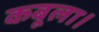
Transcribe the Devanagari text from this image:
कबूला।